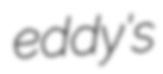
eddy's